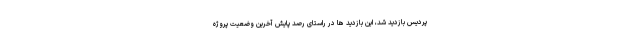
پردیس بازدید شد، این بازدید ها در راستای رصد پایش آخرین وضعیت پروژه